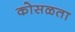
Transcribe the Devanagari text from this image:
कोसळता